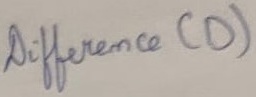
Text: Difference (D)